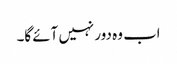
اب وہ دور نہیں آئے گا۔